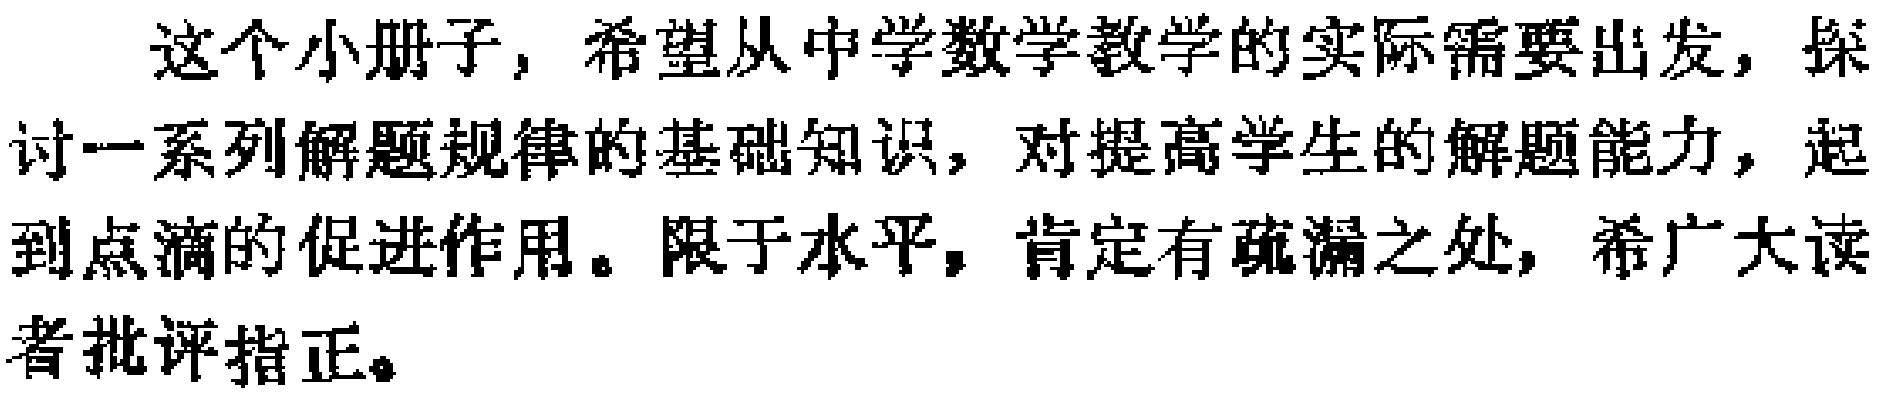
这个小册子，希望从中学数学教学的实际需要出发，探讨一系列解题规律的基础知识，对提高学生的解题能力，起到点滴的促进作用。限于水平，肯定有疏漏之处，希广大读者批评指正。